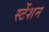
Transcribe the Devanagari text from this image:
स्टेंशन